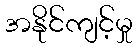
အနိုင်ကျင့်မှု